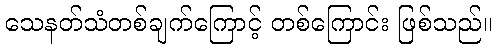
သေနတ်သံတစ်ချက်ကြောင့် တစ်ကြောင်း ဖြစ်သည်။